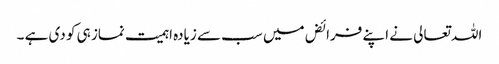
اللہ تعالی نے اپنے فرائض میں سب سے زیادہ اہمیت نماز ہی کو دی ہے ۔